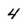
Character: 4